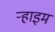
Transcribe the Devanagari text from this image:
ऱ्हाइम